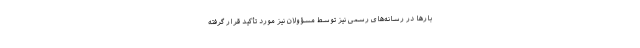
بارها در رسانه‌های رسمی نیز توسط مسؤولان نیز مورد تأکید قرار گرفته